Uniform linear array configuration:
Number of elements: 24
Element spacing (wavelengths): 1
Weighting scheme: uniform
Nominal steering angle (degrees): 15
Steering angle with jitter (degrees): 15.598
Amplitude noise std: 0.05
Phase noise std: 0.05

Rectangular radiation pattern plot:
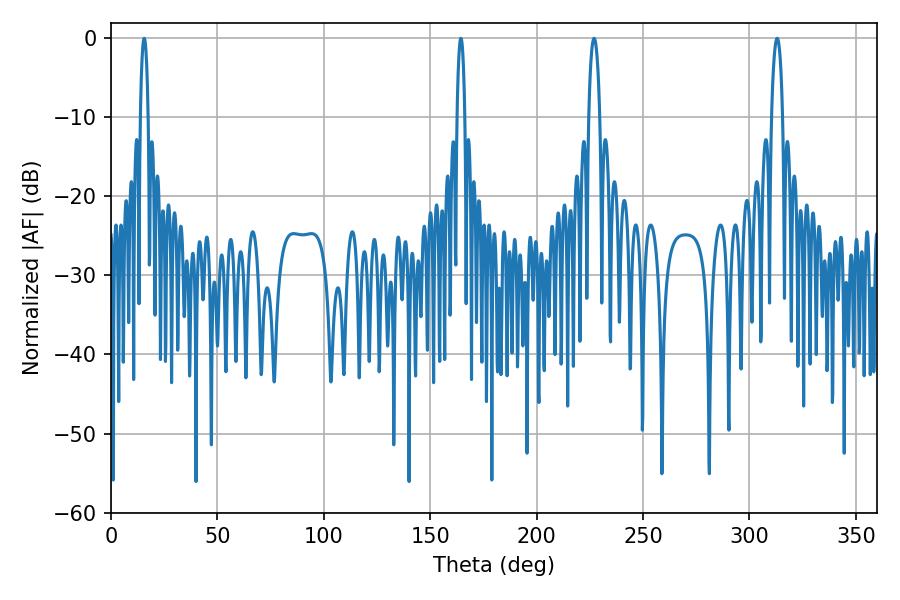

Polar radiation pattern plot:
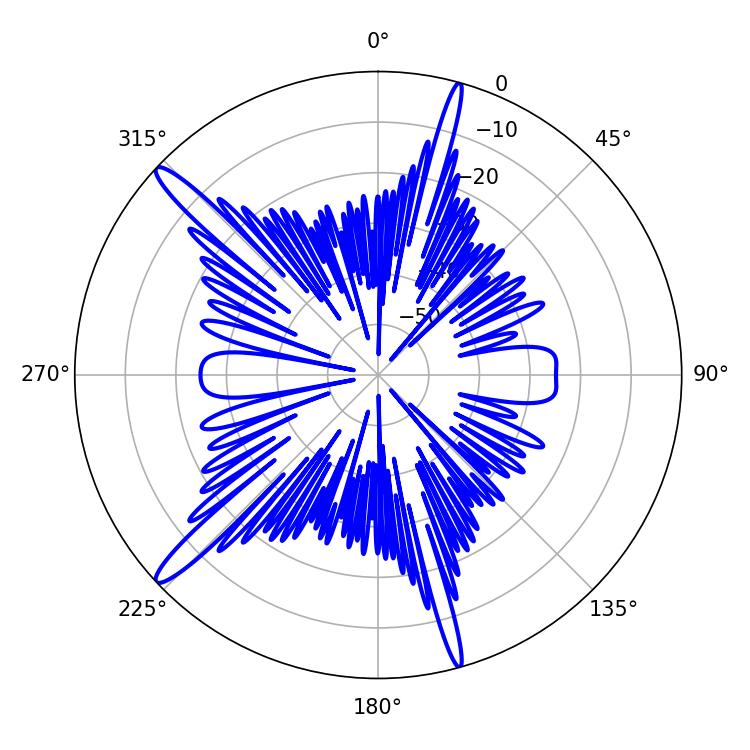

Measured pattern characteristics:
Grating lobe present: TRUE
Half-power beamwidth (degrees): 2.88
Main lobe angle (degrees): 226.98